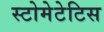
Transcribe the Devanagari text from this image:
स्टोमेटेटिस